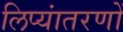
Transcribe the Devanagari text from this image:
लिप्यांतरणों